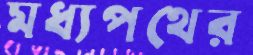
মধ্যপথের